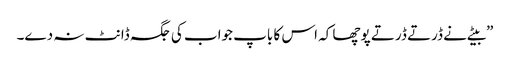
”بیٹے نے ڈرتے ڈرتے پوچھا کہ اس کا باپ جواب کی جگہ ڈانٹ نہ دے۔